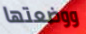
ووضعتها